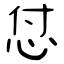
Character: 怤